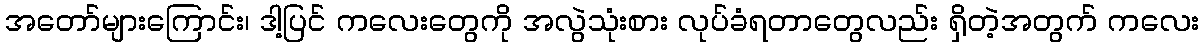
အတော်များကြောင်း၊ ဒါ့ပြင် ကလေးတွေကို အလွဲသုံးစား လုပ်ခံရတာတွေလည်း ရှိတဲ့အတွက် ကလေး